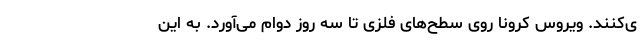
ی‌کنند. ویروس کرونا روی سطح‌های فلزی تا سه روز دوام می‌آورد. به این